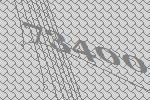
73400